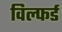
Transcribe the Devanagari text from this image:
विल्फर्ड